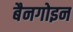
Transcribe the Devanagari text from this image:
बैनगोइन